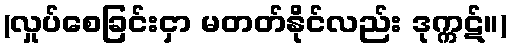
(လှုပ်စေခြင်းငှာ မတတ်နိုင်လည်း ဒုက္ကဋ်။)